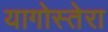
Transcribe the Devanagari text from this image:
यागोस्तेरा